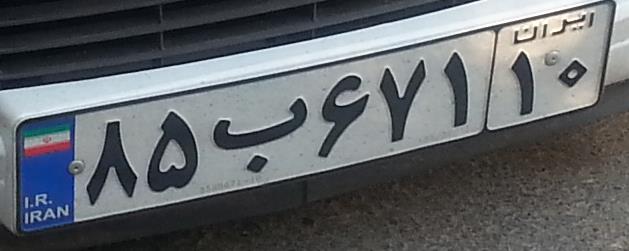
۸۵ب۶۷۱۱۰